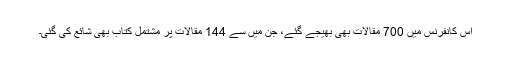
اس کانفرنس میں 700 مقالات بھی بھیجے گئے، جن میں سے 144 مقالات پر مشتمل کتاب بھی شائع کی گئی۔